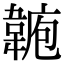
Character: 𩎾